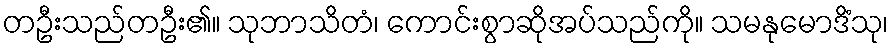
တဦးသည်တဦး၏။ သုဘာသိတံ၊ ကောင်းစွာဆိုအပ်သည်ကို။ သမနုမောဒိံသု၊